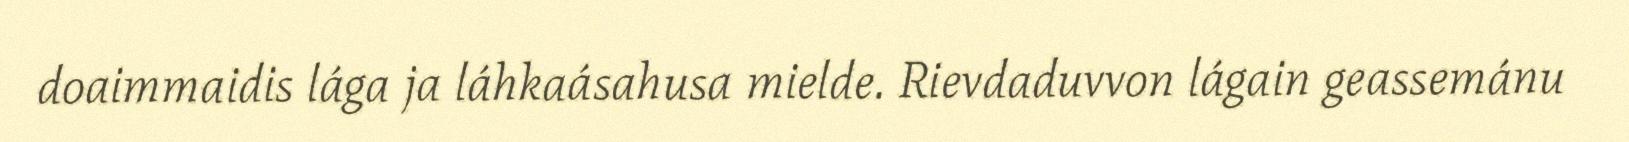
doaimmaidis lága ja láhkaásahusa mielde. Rievdaduvvon lágain geassemánu